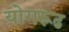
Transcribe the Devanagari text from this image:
योगरूढ